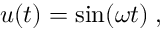
u ( t ) = \sin ( \omega t ) \; ,